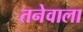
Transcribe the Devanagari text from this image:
तनेवाला